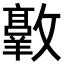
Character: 𫿠